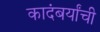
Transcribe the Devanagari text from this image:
कादंबर्यांची